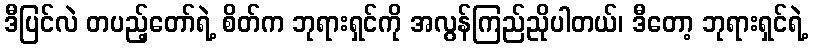
ဒီပြင်လဲ တပည့်တော်ရဲ့ စိတ်က ဘုရားရှင်ကို အလွန်ကြည်ညိုပါတယ်၊ ဒီတော့ ဘုရားရှင်ရဲ့